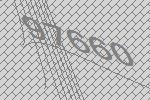
97660